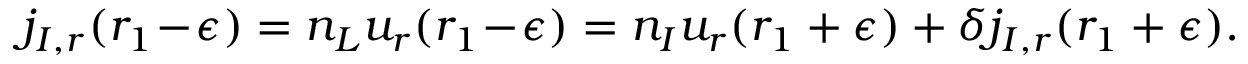
j _ { I , r } ( r _ { 1 } \! - \! \epsilon ) = n _ { L } u _ { r } ( r _ { 1 } \! - \! \epsilon ) = n _ { I } u _ { r } ( r _ { 1 } + \epsilon ) + \delta j _ { I , r } ( r _ { 1 } + \epsilon ) .